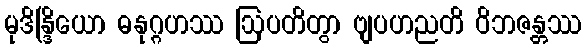
မုဒိန္ဒြိယော ဓနုဂ္ဂဟဿ ဩပတိတွာ ဗျပဟညတိ ဝိဘဇန္တဿ